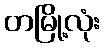
တမြို့လုံး